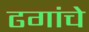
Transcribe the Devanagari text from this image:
ढगांचे